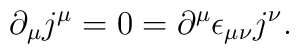
\partial_\mu j^\mu = 0 = \partial^\mu \epsilon_{\mu \nu} j^\nu .